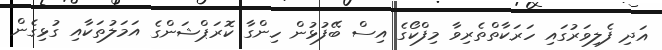
އަދި ފެލިވަރުގައި ހަރަކާތްތެރިވާ މިފްކޯގެ އިސް ބޭފުޅުން ހިންގާ ކޮރަޕްޝަންގެ އަމަލުތަކާއި ގުޅިގެން